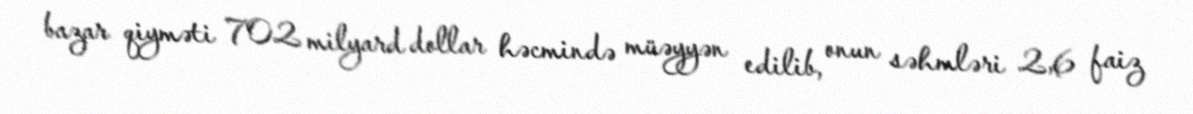
bazar qiyməti 702 milyard dollar həcmində müəyyən edilib, onun səhmləri 2,6 faiz